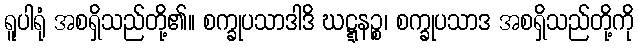
ရူပါရုံ အစရှိသည်တို့၏။ စက္ခုပသာဒါဒိ ဃဋ္ဋနဉ္စ၊ စက္ခုပသာဒ အစရှိသည်တို့ကို